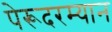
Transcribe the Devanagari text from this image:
पेरूदरम्यान